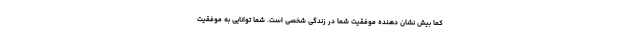
کما بیش نشان دهنده موفقیت شما در زندگی شخصی است. شما توانایی به موفقیت